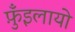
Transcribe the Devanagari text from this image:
फ़ुँइलायो